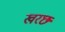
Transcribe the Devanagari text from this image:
खरछ